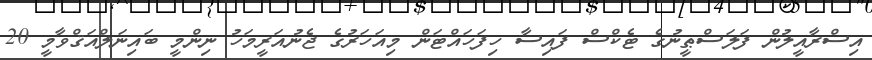
އިސްރާއީލުން ފަލަސްޠީނުގެ ޓެކްސް ފައިސާ ހިފަހައްޓަން މިއަހަރުގެ ޖެނުއަރީމަހު ނިންމީ ބައިނަލްއަޤްވާމީ 20